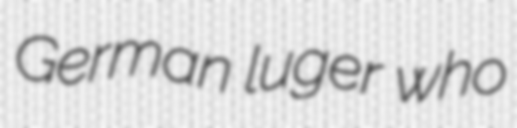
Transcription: German luger who